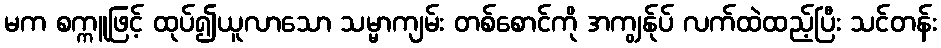
မက စက္ကူဖြင့် ထုပ်၍ယူလာသော သမ္မာကျမ်း တစ်စောင်ကို အကျွန်ုပ် လက်ထဲထည့်ပြီး သင်တန်း